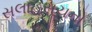
સલાહસૂચનો